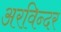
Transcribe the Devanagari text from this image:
अरविन्दर